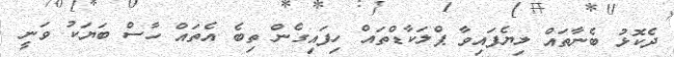
ދެކޮޅު ބެނާތައް ލިޔެފައިވާ ޕްލަކާޑްތައް ހިފައިގެން ތިބެ އެތައް ހާސް ބަޔަކު ވަނީ